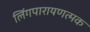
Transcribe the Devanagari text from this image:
लिंगपारायणत्मक